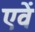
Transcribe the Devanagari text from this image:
एवें